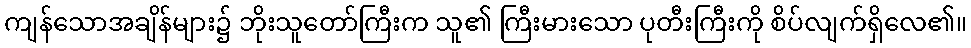
ကျန်သောအချိန်များ၌ ဘိုးသူတော်ကြီးက သူ၏ ကြီးမားသော ပုတီးကြီးကို စိပ်လျက်ရှိလေ၏။